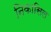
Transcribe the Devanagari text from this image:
निकासिल